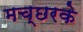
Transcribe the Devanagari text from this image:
मच्छरके